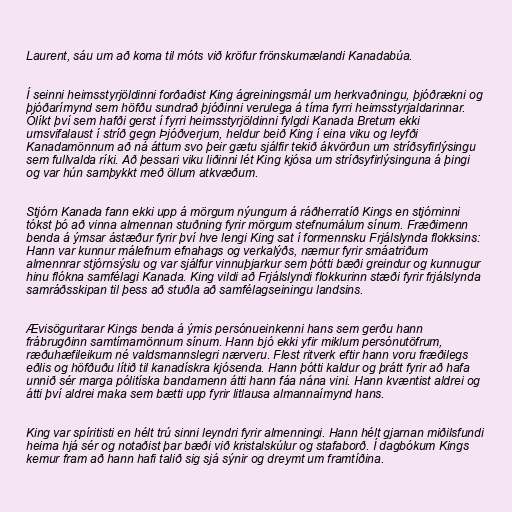
Laurent, sáu um að koma til móts við kröfur frönskumælandi Kanadabúa.

Í seinni heimsstyrjöldinni forðaðist King ágreiningsmál um herkvaðningu, þjóðrækni og
þjóðarímynd sem höfðu sundrað þjóðinni verulega á tíma fyrri heimsstyrjaldarinnar.
Ólíkt því sem hafði gerst í fyrri heimsstyrjöldinni fylgdi Kanada Bretum ekki
umsvifalaust í stríð gegn Þjóðverjum, heldur beið King í eina viku og leyfði
Kanadamönnum að ná áttum svo þeir gætu sjálfir tekið ákvörðun um stríðsyfirlýsingu
sem fullvalda ríki. Að þessari viku liðinni lét King kjósa um stríðsyfirlýsinguna á þingi
og var hún samþykkt með öllum atkvæðum.

Stjórn Kanada fann ekki upp á mörgum nýungum á ráðherratíð Kings en stjórninni
tókst þó að vinna almennan stuðning fyrir mörgum stefnumálum sínum. Fræðimenn
benda á ýmsar ástæður fyrir því hve lengi King sat í formennsku Frjálslynda flokksins:
Hann var kunnur málefnum efnahags og verkalýðs, næmur fyrir smáatriðum
almennrar stjórnsýslu og var sjálfur vinnuþjarkur sem þótti bæði greindur og kunnugur
hinu flókna samfélagi Kanada. King vildi að Frjálslyndi flokkurinn stæði fyrir frjálslynda
samráðsskipan til þess að stuðla að samfélagseiningu landsins.

Ævisöguritarar Kings benda á ýmis persónueinkenni hans sem gerðu hann
frábrugðinn samtímamönnum sínum. Hann bjó ekki yfir miklum persónutöfrum,
ræðuhæfileikum né valdsmannslegri nærveru. Flest ritverk eftir hann voru fræðilegs
eðlis og höfðuðu lítið til kanadískra kjósenda. Hann þótti kaldur og þrátt fyrir að hafa
unnið sér marga pólitíska bandamenn átti hann fáa nána vini. Hann kvæntist aldrei og
átti því aldrei maka sem bætti upp fyrir litlausa almannaímynd hans.

King var spíritisti en hélt trú sinni leyndri fyrir almenningi. Hann hélt gjarnan miðilsfundi
heima hjá sér og notaðist þar bæði við kristalskúlur og stafaborð. Í dagbókum Kings
kemur fram að hann hafi talið sig sjá sýnir og dreymt um framtíðina.